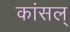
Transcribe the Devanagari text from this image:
कांसल्